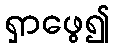
ရှာဖွေ၍